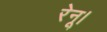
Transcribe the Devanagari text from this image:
रेनू।